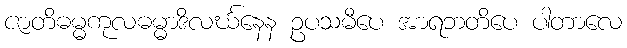
ဇာတိဓမ္မကုလဓမ္မာဒိလင်္ဃနေန ဥပသမီပေ အာရဘတိပေ ပါတာလေ